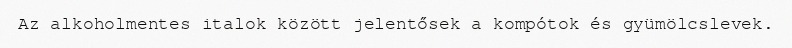
Az alkoholmentes italok között jelentősek a kompótok és gyümölcslevek.